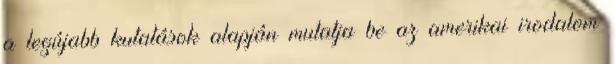
a legújabb kutatások alapján mutatja be az amerikai irodalom